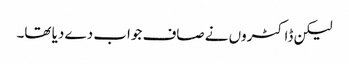
لیکن ڈاکٹروں نے صاف جواب دے دیا تھا۔